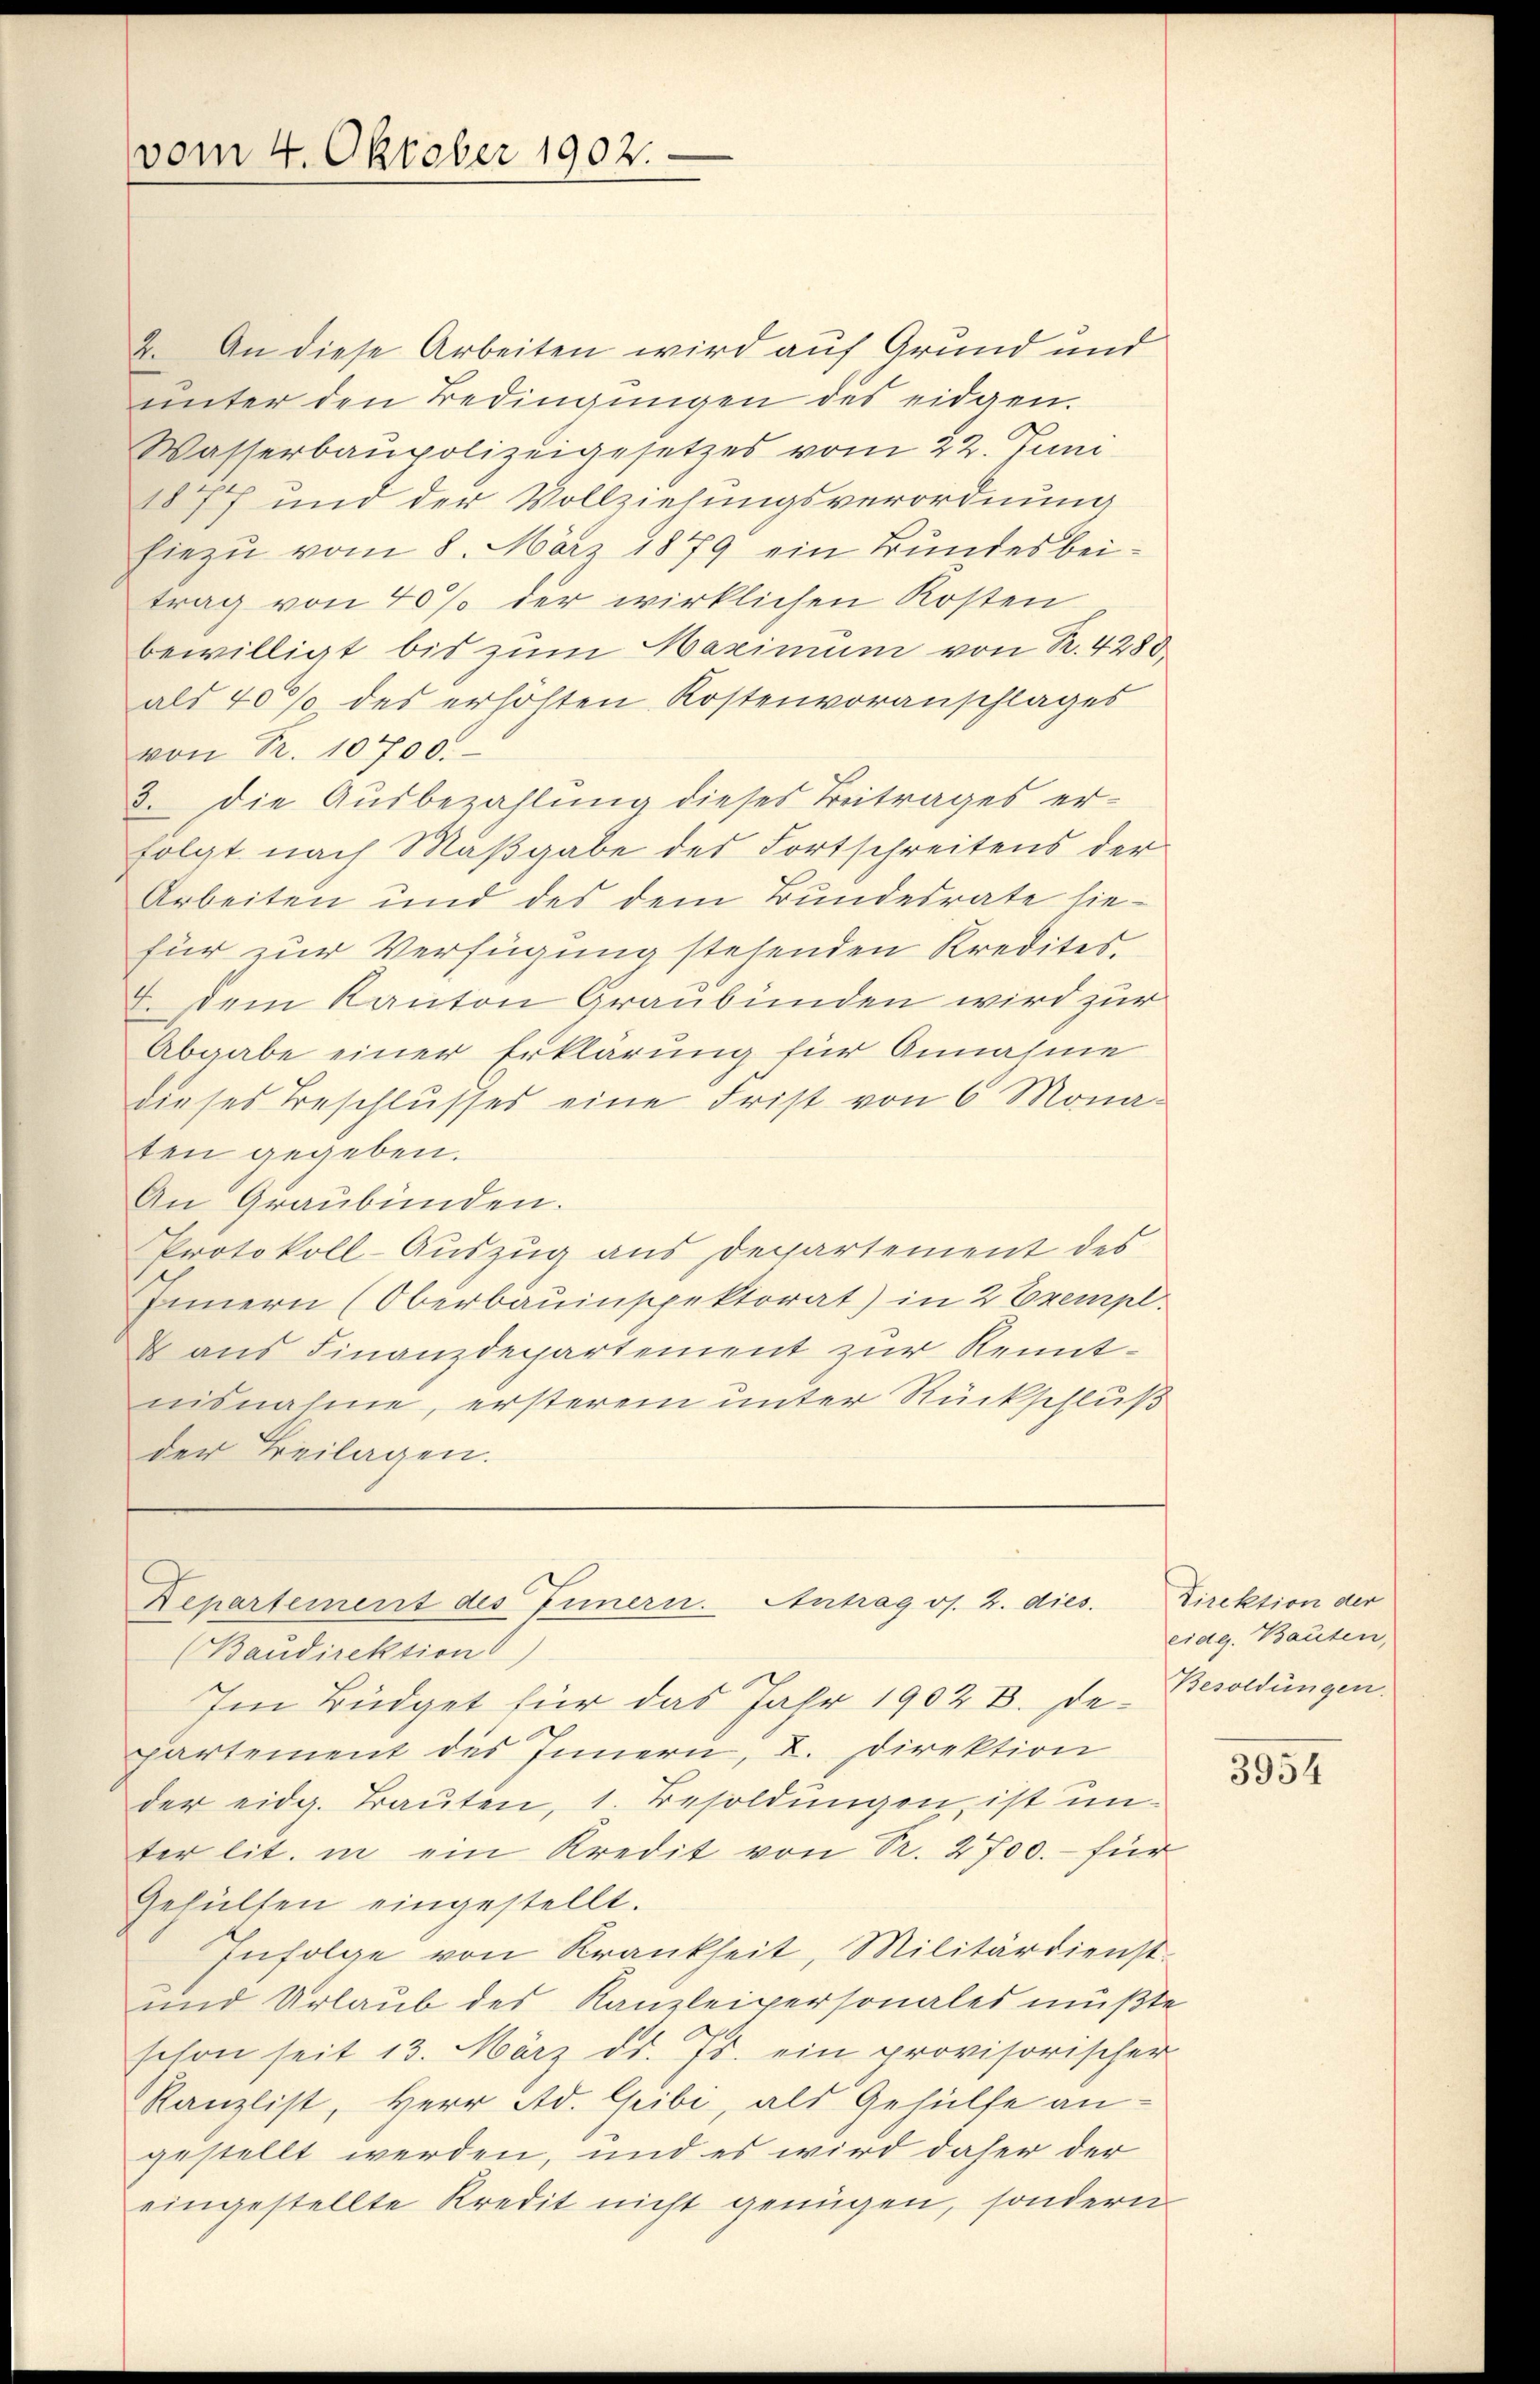
vom 4. Oktober 1902.

2. An diese Arbeiten wird auf Grund und
unter den Bedingungen des eidgen.
Wasserbaupolizeigesetzes vom 22. Juni
1877 und der Vollziehungsverordnung
hiezu vom 8. März 1879 ein Bundesbeitrag von 40% der wirklichen Kosten
bewilligt bis zum Maximum von R. 4280
als 40% des erhöhten Kostenvoranschlages
von Nr. 10700.
3. Die Ausbezahlung dieses Beitrages erfolgt nach Maßgabe des Fortschreitens der
Arbeiten und des dem Bundesrate hiefür zur Verfügung stehenden Kredites
I. Dem Kanton Graubünden wird zur
Abgabe einer Erklärung für Annahme
dieses Beschlusses eine Frist von 6 Mona-
ten gegeben.
An Graubünden.
Protokoll-Auszug aus Departement des
Innern (Oberbauinspektorat) in 2 Exempl.
& aus Finanzdepartement zur Renntnisnahme, ersterem unter Rückschluß
der Beilagen.

Departement des Innern. Antrag os. 2. dies.

(Bandirektion
Im Büdget für das Jahr 1902 B. Departement des Innern, u. Direktion
der eidg. Trauten, 1. Besoldŭngen ist un-
ter lit. in ein Kredit von Sr. 2700.- für
Gehülten eingestellt.
Infolge von Krankheit, Militärdienst
und Urlaub des Kanzleipersonales müßte
schon seit 13. März d. Js. ein provisorischer
Kanzlist, Herr Ad. Geibi, als Gehülfe angestellt werden, und es wird daher der
eingestellte Kredit nicht genügen, sondern

Direktion der
eidg. Bauten,
Besoldungen.

3954